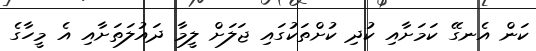
ކަން އެނގޭ ކަމަށާއި ކުދި ކުށްތަކުގައި ޖަލަށް ލީމާ ދައުލަތަށާއި އެ މީހާގެ